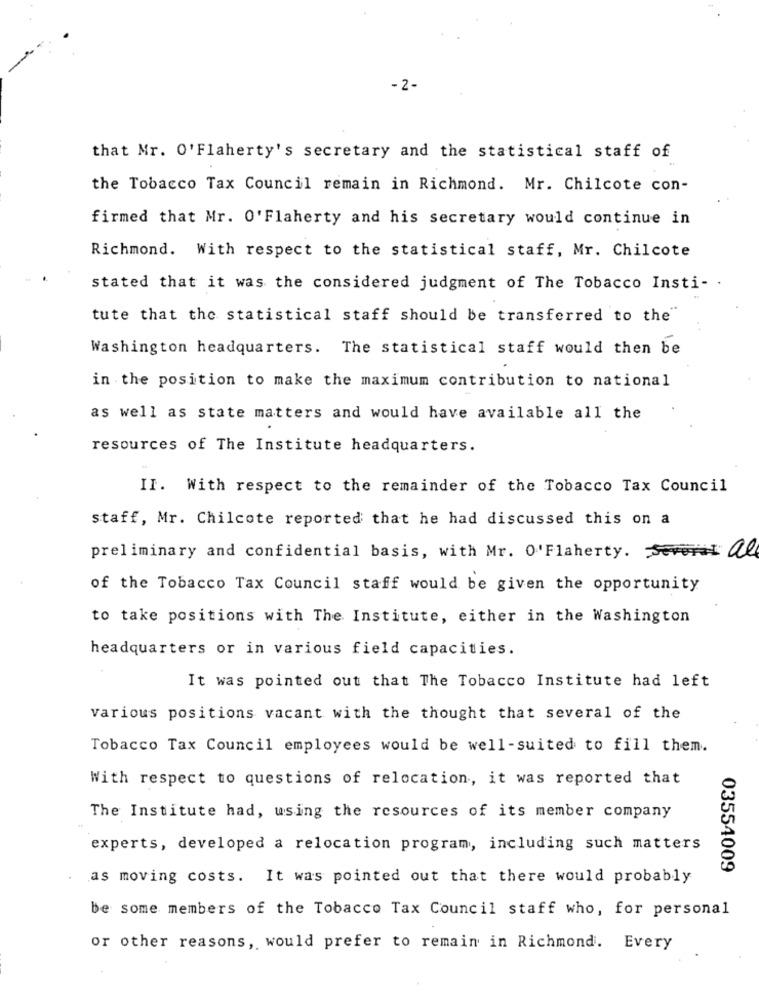
- 2-
that Mr. O'Flaherty's secretary and the statistical staff of
the Tobacco Tax Council remain in Richmond. Mr. Chilcote con-
firmed that Mr. O'Flaherty and his secretary would continue in
Richmond. With respect to the statistical staff, Mr. Chilcote
stated that it was the considered judgment of The Tobacco Insti- .
tute that the statistical staff should be transferred to the"
Washington headquarters. The statistical staff would then be
in the position to make the maximum contribution to national
as well as state matters and would have available all the
resources of The Institute headquarters.
II. With respect to the remainder of the Tobacco Tax Council
staff, Mr. Chilcote reported that he had discussed this on a
preliminary and confidential basis, with Mr. O'Flaherty. Several al
of the Tobacco Tax Council staff would be given the opportunity
to take positions with The Institute, either in the Washington
headquarters or in various field capacities.
It was pointed out that The Tobacco Institute had left
various positions vacant with the thought that several of the
Tobacco Tax Council employees would be well-suited to fill them.
With respect to questions of relocation, it was reported that
The Institute had, using the resources of its member company
experts, developed a relocation program, including such matters
03554009
as moving costs. It was pointed out that there would probably
be some members of the Tobacco Tax Council staff who, for personal
or other reasons, would prefer to remain in Richmond. Every